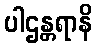
ပါဌန္တရာနိ